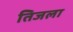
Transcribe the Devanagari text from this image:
तिजला